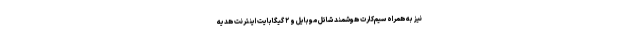
نیز به همراه سیم‌کارت هوشمند شاتل موبایل و ۲ گیگابایت اینترنت هدیه